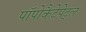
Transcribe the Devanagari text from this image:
पॉपोकैटेपेट्ल